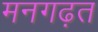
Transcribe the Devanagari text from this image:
मनगढ़त